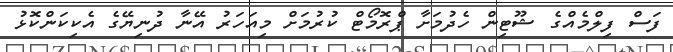
ފަސް ފިލްމެއްގެ ޝޫޓިން ހެދުމަށާ ޕްރޮމޯޓް ކުރުމަށް މިއަހަރު އޭނާ ދުނިޔޭގެ އެކިކަންކޮޅު